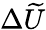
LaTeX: \Delta\widetilde U